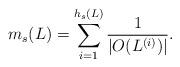
LaTeX: \begin{align*}m_s(L)=\sum_{i=1}^{h_s(L)}\frac{1}{\left|O(L^{(i)})\right|}. \end{align*}